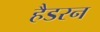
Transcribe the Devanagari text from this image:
हैडरन